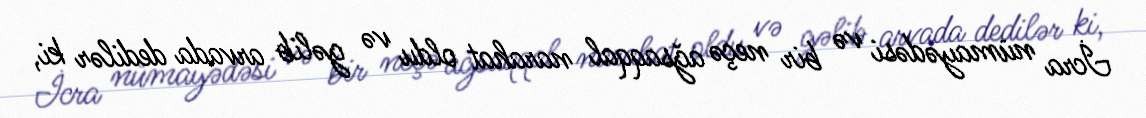
İcra nümayədəsi və bir neçə ağsaqqal narahat oldu və gəlib arvada dedilər ki,